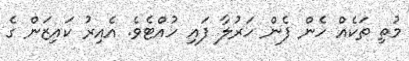
މުތި ތަކެއް ހެން ފެން ހަރުލާ ފައި ހުއްޓެވެ. އެއިރު ކައިޒަން ގެ